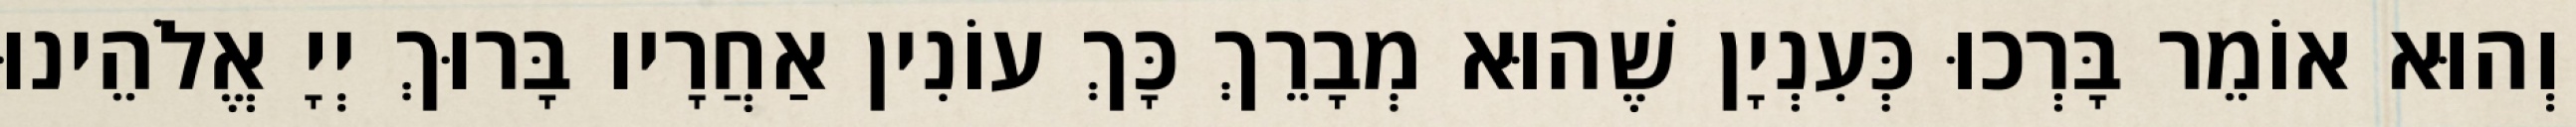
וְהוּא אוֹמֵר בָּרְכוּ כְּעִנְיָן שֶׁהוּא מְבָרֵךְ כָּךְ עוֹנִין אַחֲרָיו בָּרוּךְ יְיָ אֱלֹהֵינוּ